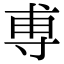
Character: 尃